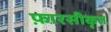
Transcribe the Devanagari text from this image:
फ़ारसीकृत